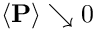
\langle \mathbf { P } \rangle \searrow 0